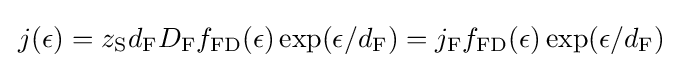
\,j(\epsilon )=z_{\mathrm {S} }d_{\mathrm {F} }D_{\mathrm {F} }f_{\mathrm {FD} }(\epsilon )\exp(\epsilon /d_{\mathrm {F} })=j_{\mathrm {F} }f_{\mathrm {FD} }(\epsilon )\exp(\epsilon /d_{\mathrm {F} })